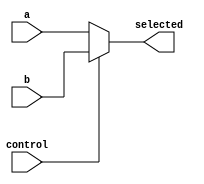
module mux_32bit_2in(
    input wire control,
    input wire [31:0] a,b,
    output wire [31:0] selected
);

    assign selected = (control)?b:a;

endmodule